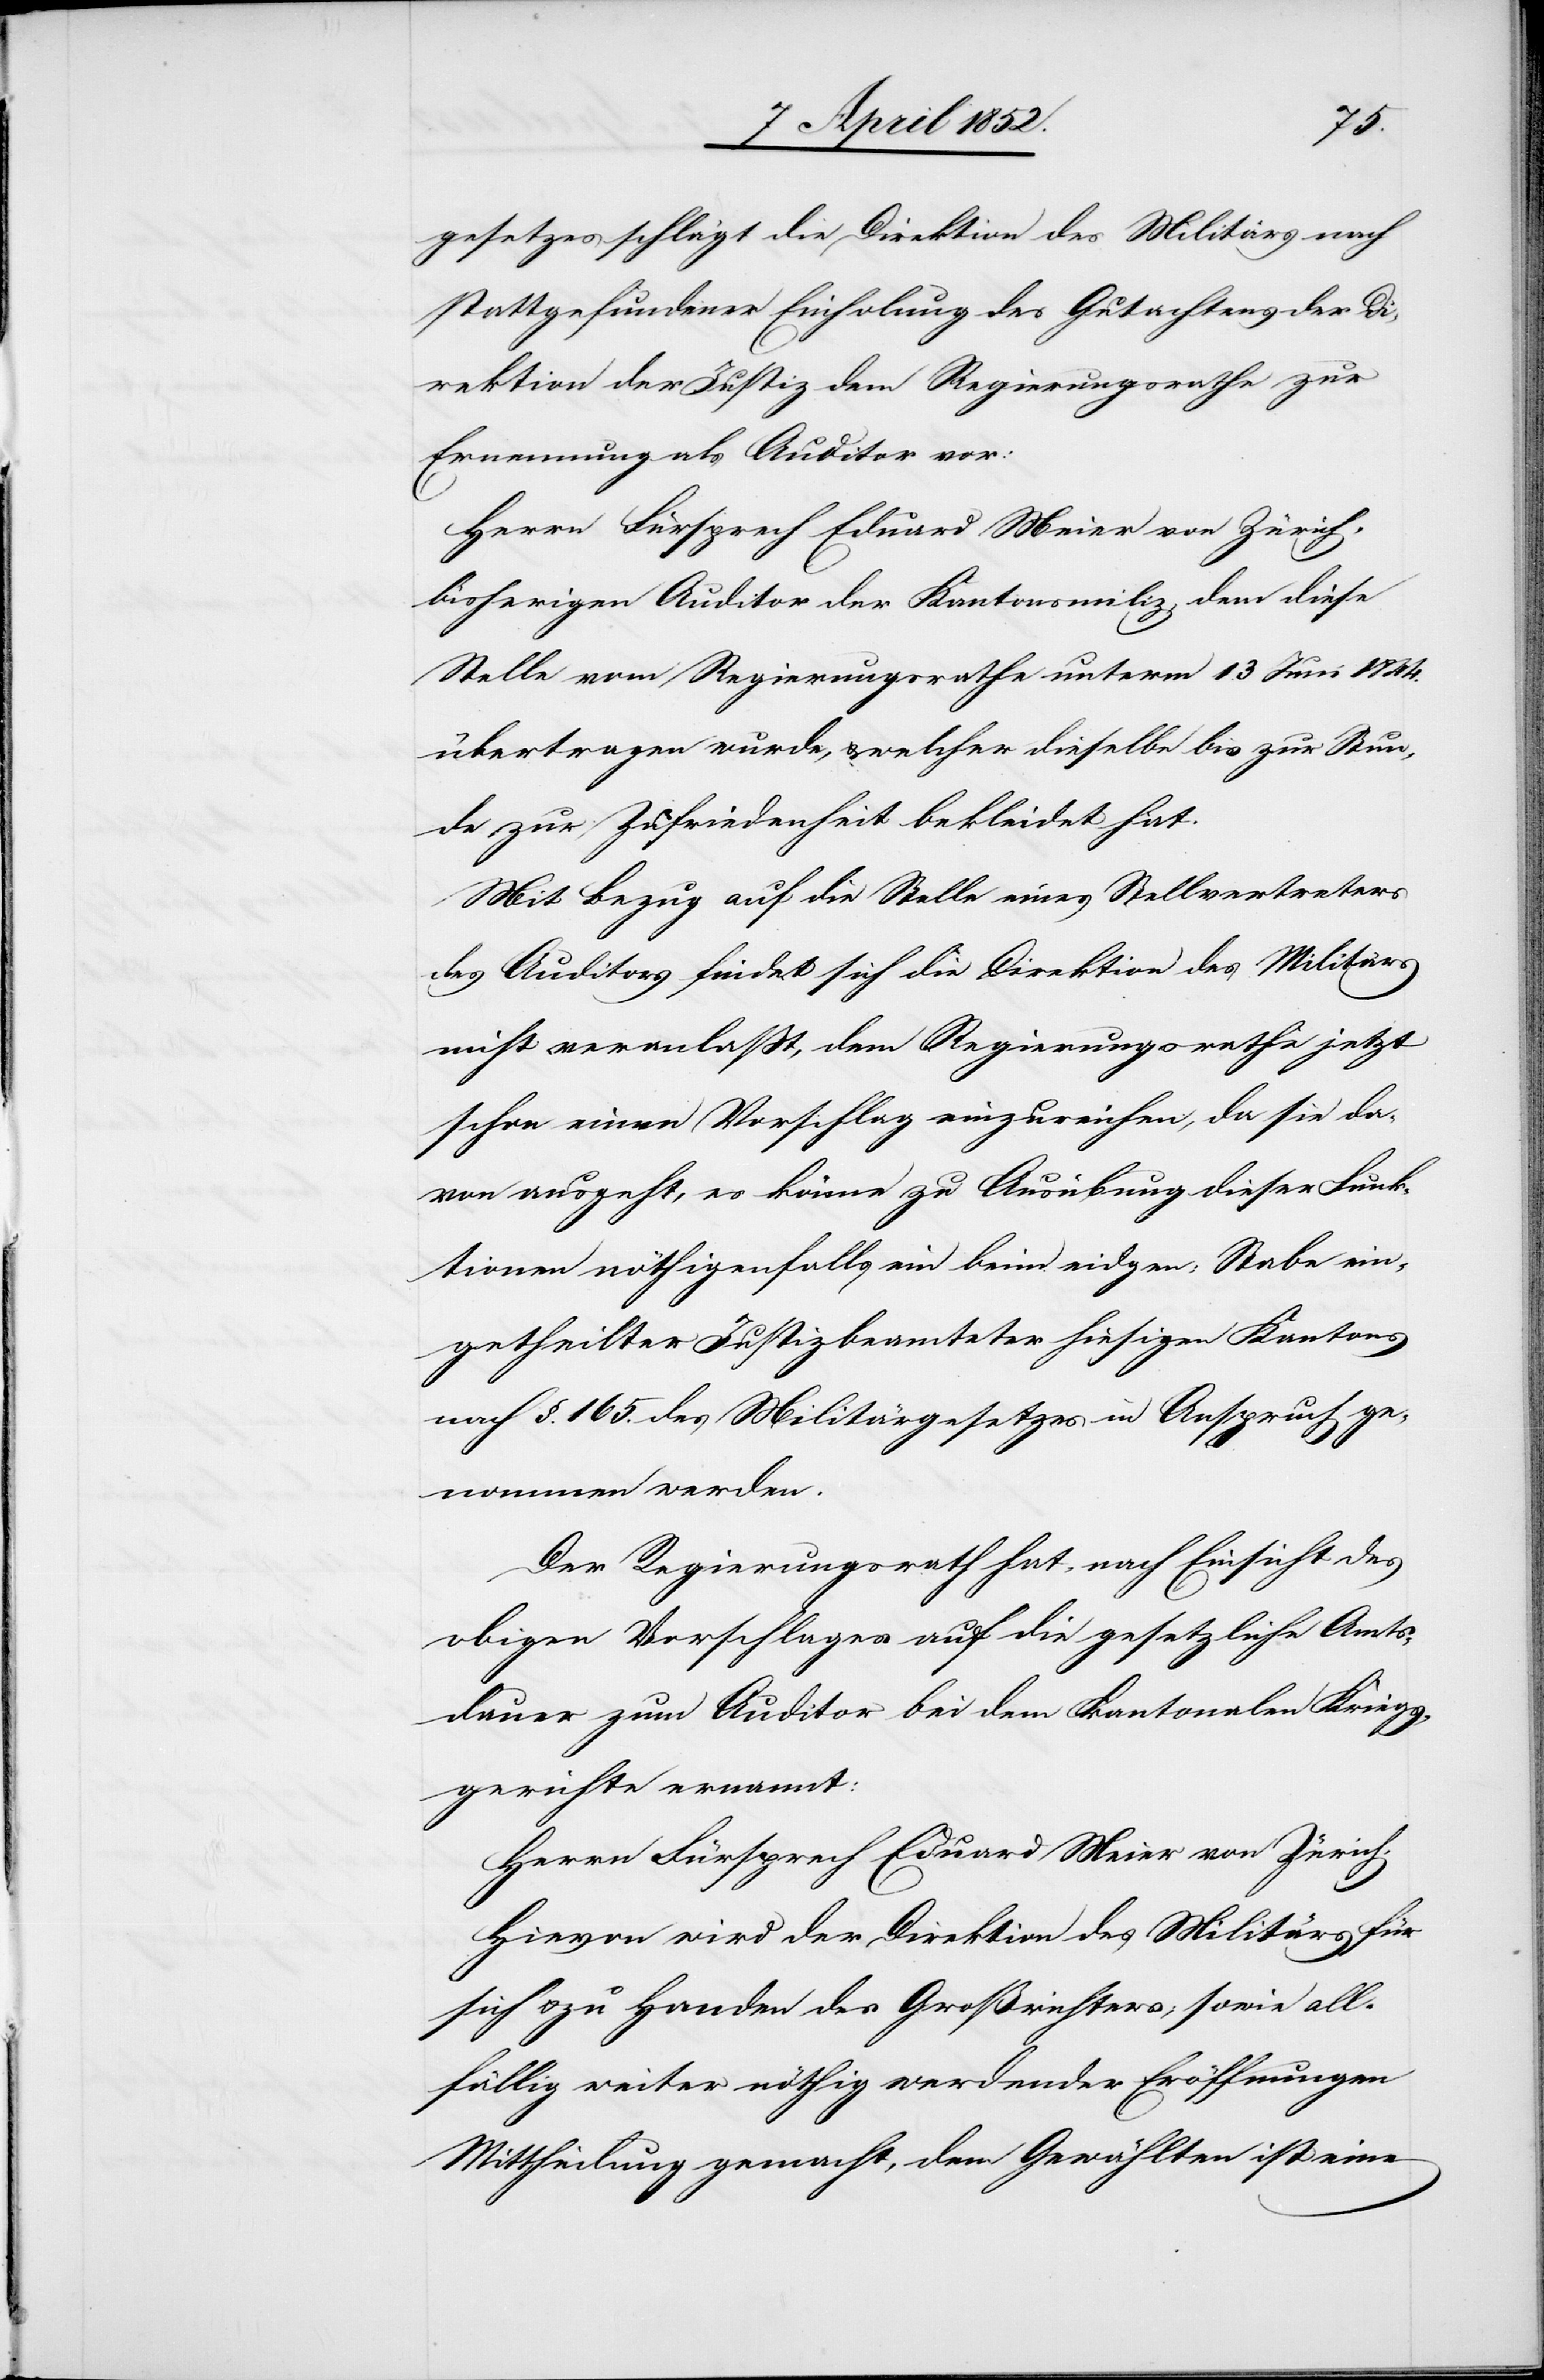
gesetzes schlägt die Direktion des Militärs nach
stattgefundener Einholung des Gutachtens der Di¬
rektion der Justiz dem Regierungsrathe zur
Ernennung als Auditor vor:
Herrn Fürsprech Eduard Meier von Zürich.
bisherigen Auditor der Kantonsmiliz, dem diese
Stelle vom Regierungsrathe unterm 13 Juni 1844.
übertragen wurde, & welcher dieselbe bis zur Stun¬
de zur Zufriedenheit bekleidet hat.
Mit Bezug auf die Stelle eines Stellvertreters
des Auditors findet sich die Direktion des Militärs
nicht veranlasst, dem Regierungsrathe jetzt
schon einen Vorschlag einzureichen, da sie da¬
von ausgeht, es könne zu Ausübung dieser Funk¬
tionen nöthigenfalls ein beim eidgen: Stabe ein¬
getheilter Justizbeamteter hiesigen Kantons
nach §. 165. des Militärgesetzes in Anspruch ge¬
nommen werden.
Der Regierungsrath hat, nach Einsicht des
obigen Vorschlages auf die gesetzliche Amts¬
dauer zum Auditor bei dem kantonalen Kriegs¬
gerichte ernannt:
Hievon wird der Direktion des Militärs für
sich & zu Handen des Großrichters; sowie all¬
fällig weiter nöthig werdender Eröffnungen
Mittheilung gemacht, dem Gewählten ist eine